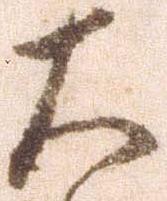
大